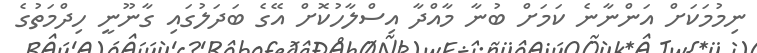
ނިމުމަކަށް އަންނާނެ ކަމަށް ބުނާ މާއްދާ އިސްލާހުކޮށް އޭގެ ބަދަލުގައި ގާނޫނީ ހިދްމަތުގެ